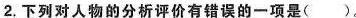
2.下列对人物的分析评价有错误的一项是( )。